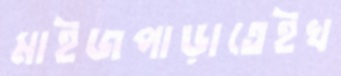
মাইজপাড়াতেইখ